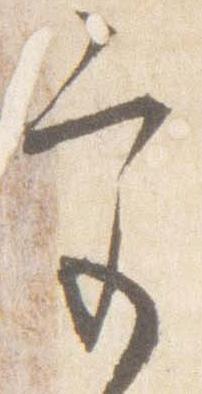
宮